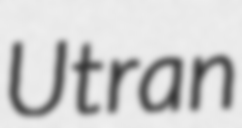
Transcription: Utran